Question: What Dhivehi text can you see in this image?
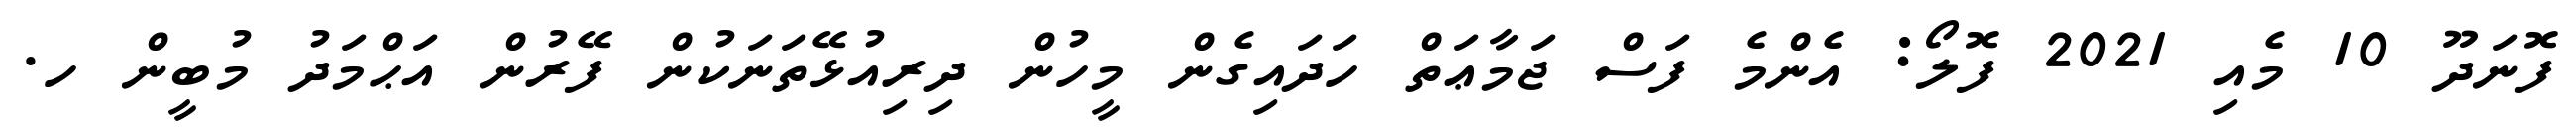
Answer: ފޮނަދޫ 10 މެއި 2021 ފޮލޯ: އެންމެ ފަސް ޖަމާޢަތް ހަދައިގެން މީހުން ދިރިއުޅޭތަނަކުން ފޭރުން އަޙްމަދު މުބީން ހ.